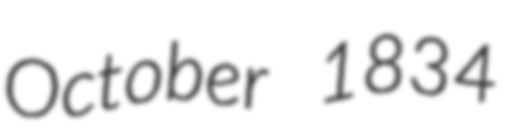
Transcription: October 1834